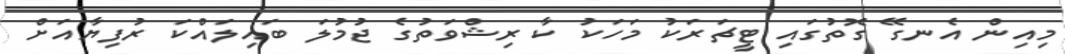
މިއިން އެނގޭ ގޮތުގައި ޓީޗަރަކު މަހަކު ކާ ރިޝްވަތުގެ ޖުމުލަ ބައިލައްކަ ރުފިޔާއަށް